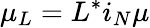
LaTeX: \mu_{L}=L^{*}i_{N}\mu